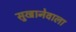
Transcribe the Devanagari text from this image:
सुखानेवाला